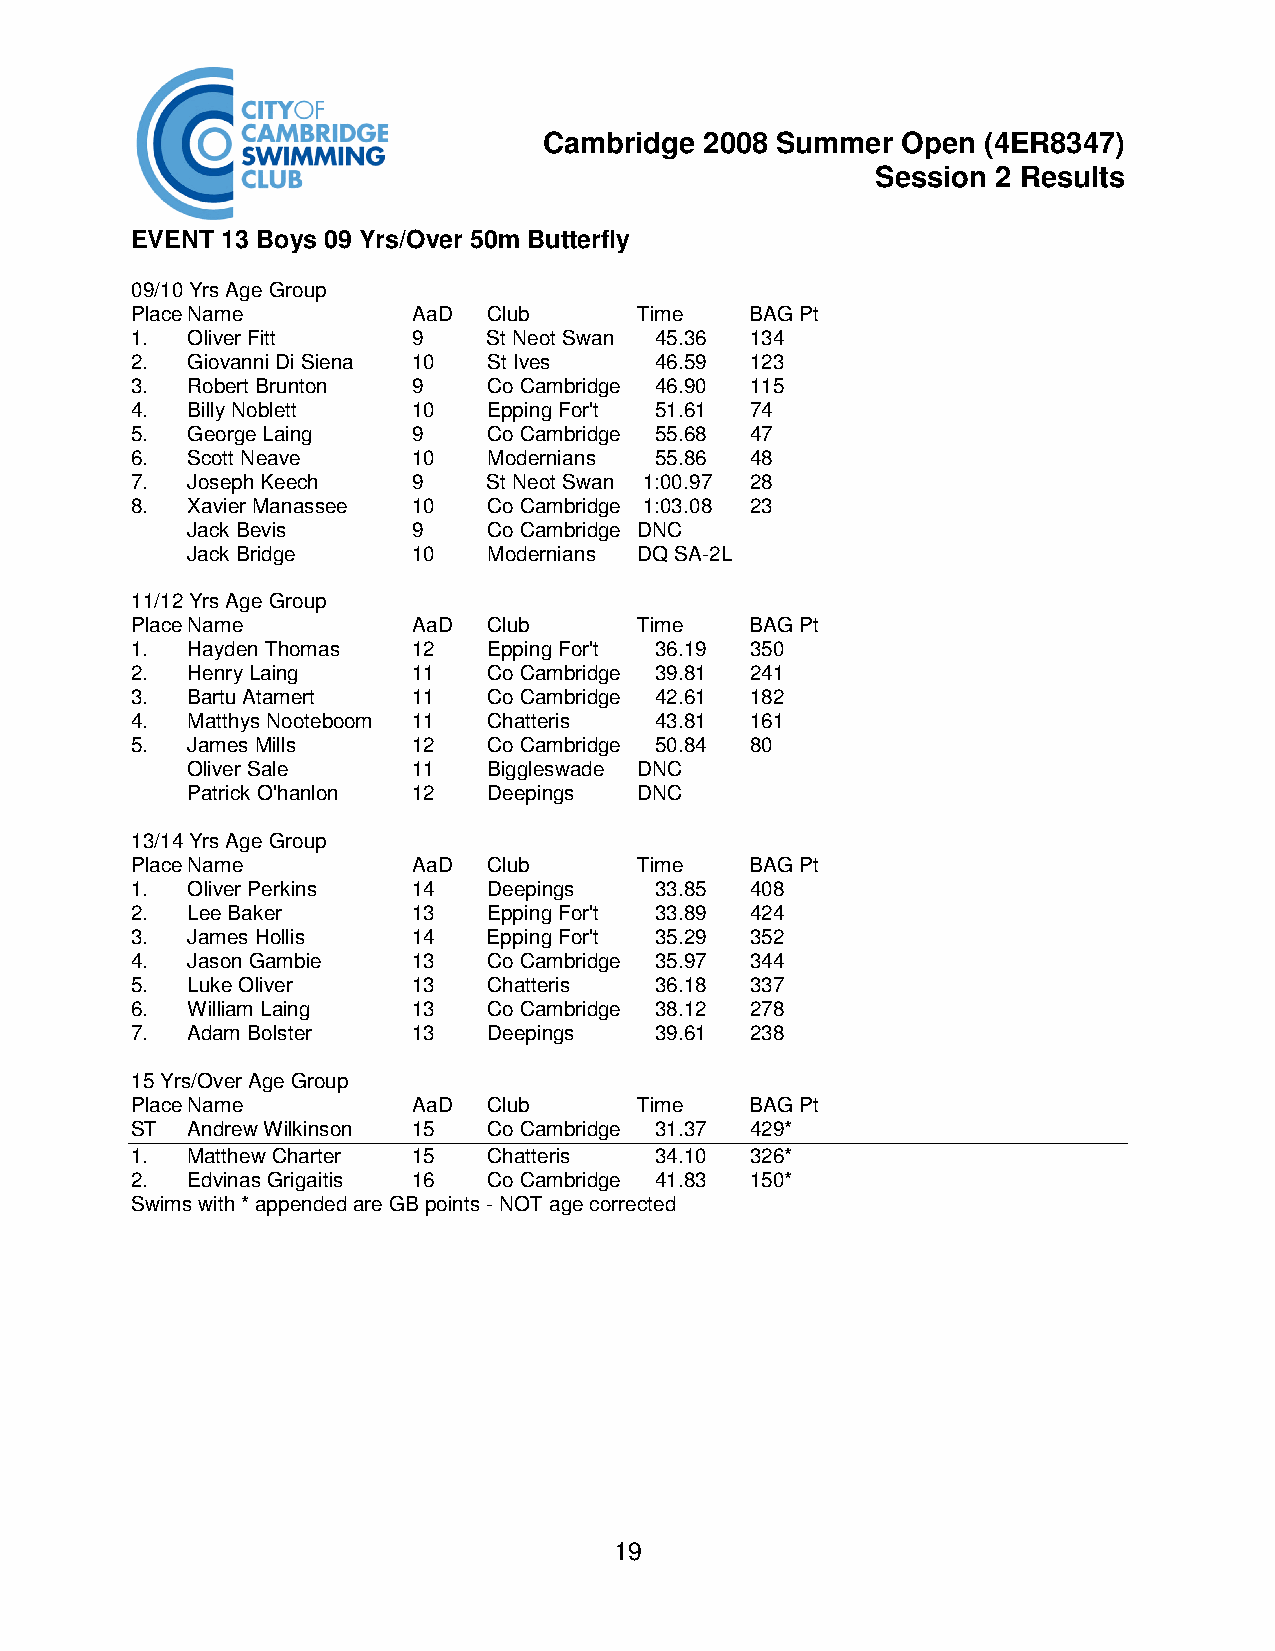
Cambridge  2008 Summer  Open (4ER8347)
 Session 2 Results
 EVENT 13 Boys 09 Yrs/Over 50m Butterfly
 09/10 Yrs Age Group
 Place Name        AaD  Club      Time    BAG Pt
 1. Oliver Fitt    9    St Neot Swan 45.36 134
 2. Giovanni Di Siena 10 St Ives   46.59  123
 3. Robert Brunton 9    Co Cambridge 46.90 115
 4. Billy Noblett  10   Epping For't 51.61 74
 5. George Laing   9    Co Cambridge 55.68 47
 6. Scott Neave    10   Modernians 55.86  48
 7. Joseph Keech   9    St Neot Swan 1:00.97 28
 8. Xavier Manassee 10  Co Cambridge 1:03.08 23
 Jack Bevis     9    Co Cambridge DNC
 Jack Bridge    10   Modernians DQ SA-2L
 11/12 Yrs Age Group
 Place Name        AaD  Club      Time    BAG Pt
 1. Hayden Thomas  12   Epping For't 36.19 350
 2. Henry Laing    11   Co Cambridge 39.81 241
 3. Bartu Atamert  11   Co Cambridge 42.61 182
 4. Matthys Nooteboom 11 Chatteris 43.81  161
 5. James Mills    12   Co Cambridge 50.84 80
 Oliver Sale    11   Biggleswade DNC
 Patrick O'hanlon 12 Deepings  DNC
 13/14 Yrs Age Group
 Place Name        AaD  Club      Time    BAG Pt
 1. Oliver Perkins 14   Deepings   33.85  408
 2. Lee Baker      13   Epping For't 33.89 424
 3. James Hollis   14   Epping For't 35.29 352
 4. Jason Gambie   13   Co Cambridge 35.97 344
 5. Luke Oliver    13   Chatteris  36.18  337
 6. William Laing  13   Co Cambridge 38.12 278
 7. Adam Bolster   13   Deepings   39.61  238
 15 Yrs/Over Age Group
 Place Name        AaD  Club      Time    BAG Pt
 ST Andrew Wilkinson 15 Co Cambridge 31.37 429*
 1. Matthew Charter 15  Chatteris  34.10  326*
 2. Edvinas Grigaitis 16 Co Cambridge 41.83 150*
 Swims with * appended are GB points - NOT age corrected
 19